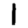
Digit: 1